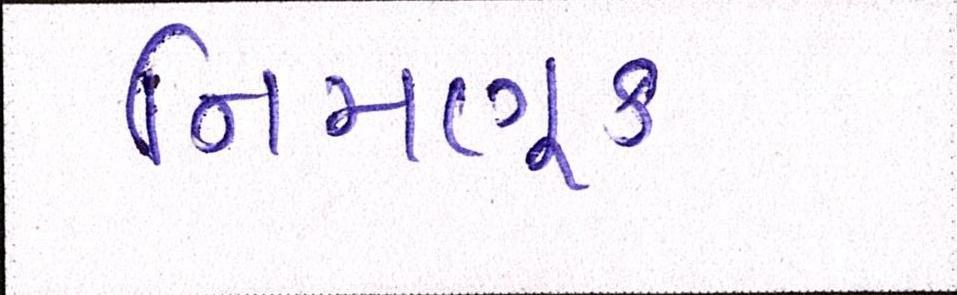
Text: નિમણૂક